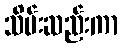
သိမ်းဆည်းကာ